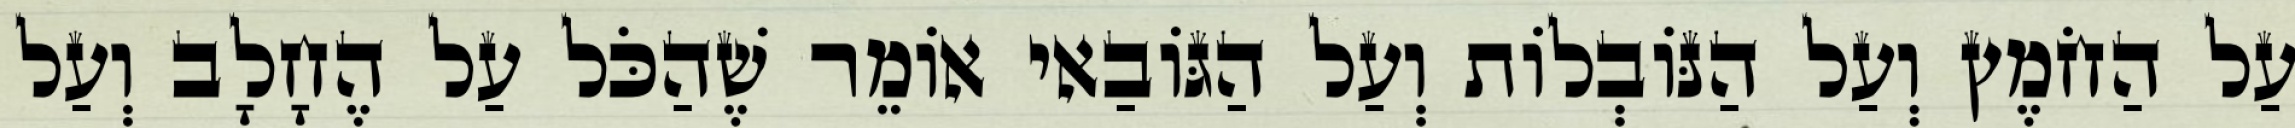
עַל הַחֹמֶץ וְעַל הַנּוֹבְלוֹת וְעַל הַגּוֹבַאי אוֹמֵר שֶׁהַכֹּל עַל הֶחָלָב וְעַל